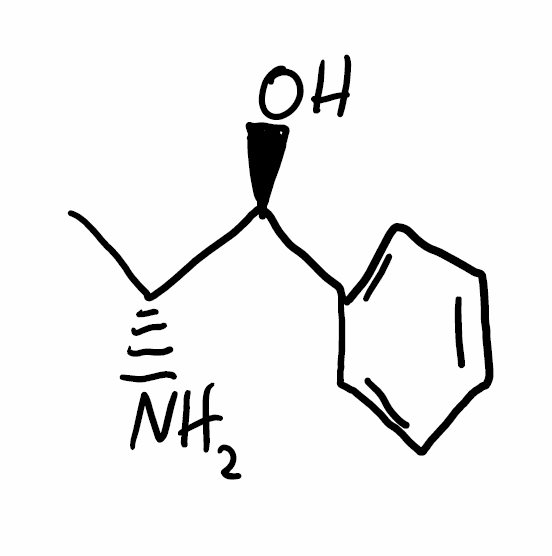
Simplified molecular-input line-entry system (SMILES) notation of the given molecule:
C[C@H]([C@H](C1=CC=CC=C1)O)N